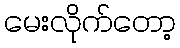
မေးလိုက်တော့